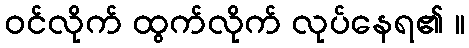
ဝင်လိုက် ထွက်လိုက် လုပ်နေရ၏ ။